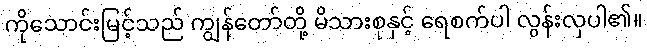
ကိုသောင်းမြင့်သည် ကျွန်တော်တို့ မိသားစုနှင့် ရေစက်ပါ လွန်းလှပါ၏။